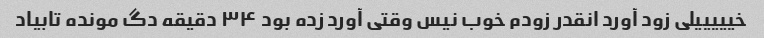
خیییییلی زود آورد انقدر زودم خوب نیس وقتی آورد زده بود ۳۴ دقیقه دگ مونده تابیاد